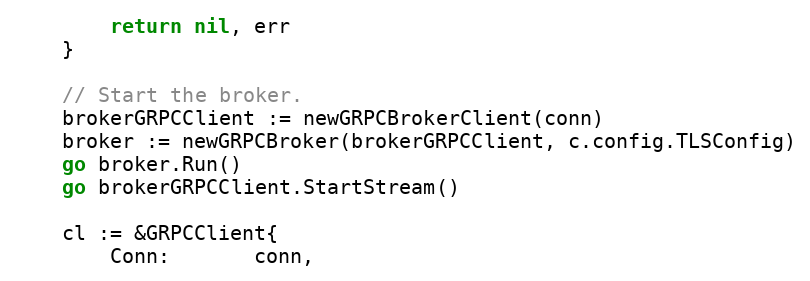
Language: Go
		return nil, err
	}

	// Start the broker.
	brokerGRPCClient := newGRPCBrokerClient(conn)
	broker := newGRPCBroker(brokerGRPCClient, c.config.TLSConfig)
	go broker.Run()
	go brokerGRPCClient.StartStream()

	cl := &GRPCClient{
		Conn:       conn,